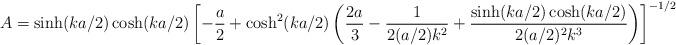
LaTeX: \begin{align*}A=\sinh(ka/2)\cosh(ka/2)\left[-\frac{a}{2}+\cosh^{2}(ka/2)\left(\frac{2a}{3}-\frac{1}{2(a/2)k^{2}}+\frac{\sinh(ka/2)\cosh(ka/2)}{2(a/2)^{2}k^{3}}\right) \right]^{-1/2}\end{align*}